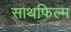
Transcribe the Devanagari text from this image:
साथफिल्म